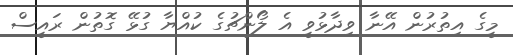
މީގެ އިތުރުން އޭނާ ވިދާޅުވީ އެ ލޯންޗުގެ ކުއްޔާ ގުޅޭ ގޮތުން ރައީސް